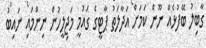
ގާބިލު ބޭފުޅެއް ނޫން ކަމަށް އަދާލަތު ޕާޓީގެ ގައުމީ މަޖިލީހުން ނިންމައި ނައިބު